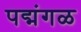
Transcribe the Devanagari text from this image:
पद्मंगळ